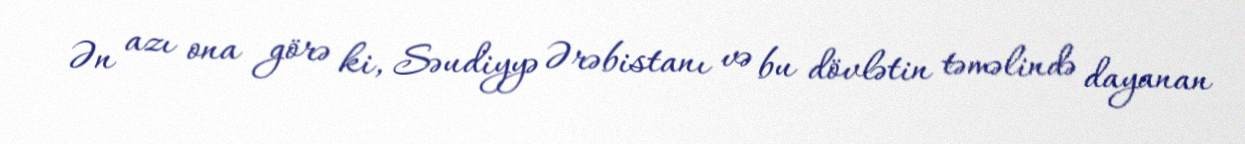
Ən azı ona görə ki, Səudiyyə Ərəbistanı və bu dövlətin təməlində dayanan